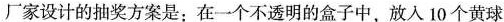
厂家设计的抽奖方案是；在一个不透明的盒子中，放入10个黄球